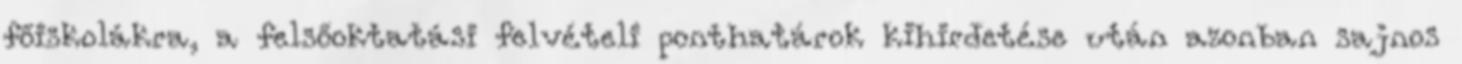
főiskolákra, a felsőoktatási felvételi ponthatárok kihirdetése után azonban sajnos